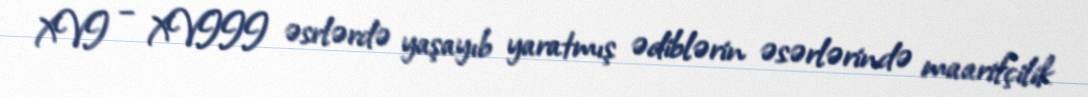
XVI – XVIII əsrlərdə yaşayıb yaratmış ədiblərin əsərlərində maarifçilik